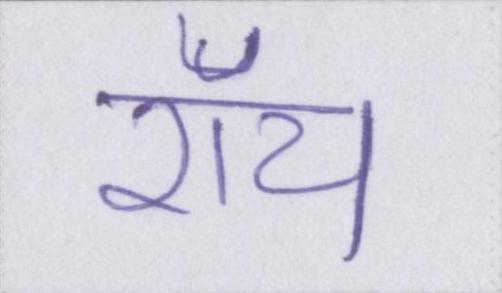
रॉय